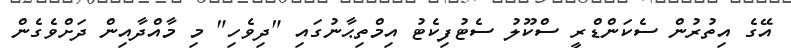
އޭގެ އިތުރުން ސެކަންޑްރީ ސްކޫލު ސެޓުފިކެޓު އިމްތިޙާނުގައި "ދިވެހި" މި މާއްދާއިން ދަށްވެގެން